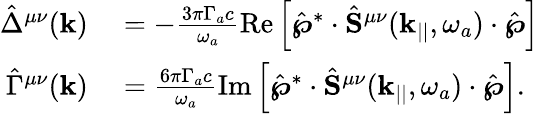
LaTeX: \begin{array}{rl}{\hat{\Delta}^{\mu\nu}(\mathbf{k})}&{{}=-\frac{3\pi\Gamma_{a}c}{\omega_{a}}\textrm{Re}\left[\hat{\boldsymbol{\wp}}^{*}\cdot\hat{\mathbf{S}}^{\mu\nu}(\mathbf{k}_{||},\omega_{a})\cdot\hat{\boldsymbol{\wp}}\right]}\\ {\hat{\Gamma}^{\mu\nu}(\mathbf{k})}&{{}=\frac{6\pi\Gamma_{a}c}{\omega_{a}}\textrm{Im}\left[\hat{\boldsymbol{\wp}}^{*}\cdot\hat{\mathbf{S}}^{\mu\nu}(\mathbf{k}_{||},\omega_{a})\cdot\hat{\boldsymbol{\wp}}\right].}\end{array}